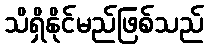
သိရှိနိုင်မည်ဖြစ်သည်